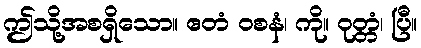
ဤသို့အစရှိသော။ ဧတံ ဝစနံ၊ ကို။ ဝုတ္တံ၊ ပြီ။